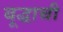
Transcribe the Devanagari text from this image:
बूद्धाची